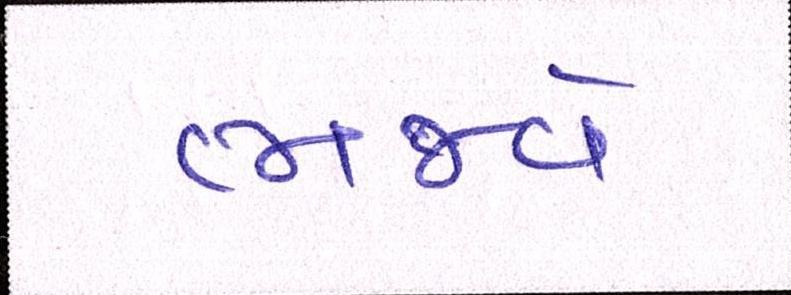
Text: ભજવે